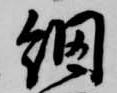
網